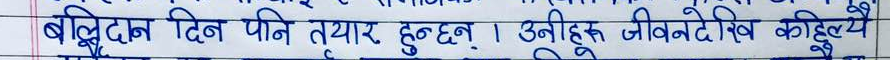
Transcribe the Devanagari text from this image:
बलिदन दिन पनि तयार हुन्छन् । उनीहरू जीवनदेखि कहिल्यै